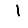
Digit: 1